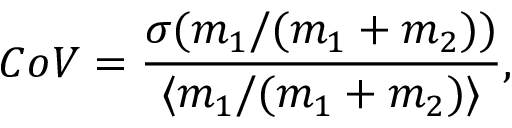
C o V = \frac { \sigma ( m _ { 1 } / ( m _ { 1 } + m _ { 2 } ) ) } { \langle m _ { 1 } / ( m _ { 1 } + m _ { 2 } ) \rangle } ,